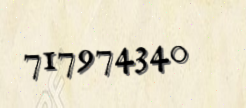
717974340